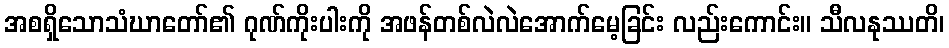
အစရှိသောသံဃာတော်၏ ဂုဏ်ကိုးပါးကို အဖန်တစ်လဲလဲအောက်မေ့ခြင်း လည်းကောင်း။ သီလနုဿတိ၊